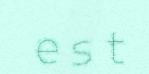
e s t